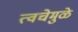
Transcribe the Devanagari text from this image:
त्वचेमुळे